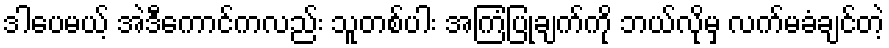
ဒါပေမယ့် အဲဒီကောင်ကလည်း သူတစ်ပါး အကြံပြုချက်ကို ဘယ်လိုမှ လက်မခံချင်တဲ့